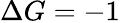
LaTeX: \Delta G=-1